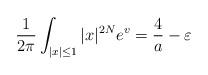
LaTeX: \begin{align*}\frac{1}{2\pi} \int_{|x|\leq1} |x|^{2N} e^{v} = \frac{4}{a} - \varepsilon\end{align*}